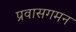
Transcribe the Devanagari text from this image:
प्रवासगमन